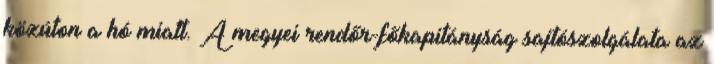
közúton a hó miatt. A megyei rendőr-főkapitányság sajtószolgálata az